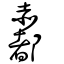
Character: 𧹼